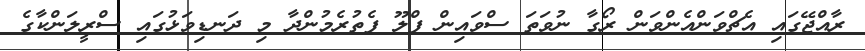
ރާއްޖޭގައި އެޗްވަންއެންވަން ރޯގާ ނުވަތަ ސްވައިން ފްލޫ ފެތުރެމުންދާ މި ދަނޑިވަޅުގައި ސްރީލަންކާގެ